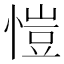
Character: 愷